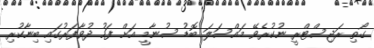
ގޯތި ރަޖިސްޓްރީ ނުކުރެވޭ މައްސަލަ ބޮޑު ސުނާމީ އަށް ފަހު ދުވާފަރުގައި ބިނާކުރި